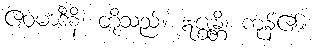
ဧဝမာဒီနိ၊ တို့သည်။ ဣဇ္ဈန္တိ၊ ကုန်၏။